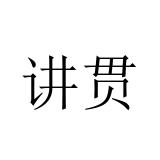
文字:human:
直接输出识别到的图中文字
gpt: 讲贯